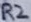
Text: R2